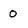
Character: 0